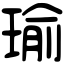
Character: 瑜